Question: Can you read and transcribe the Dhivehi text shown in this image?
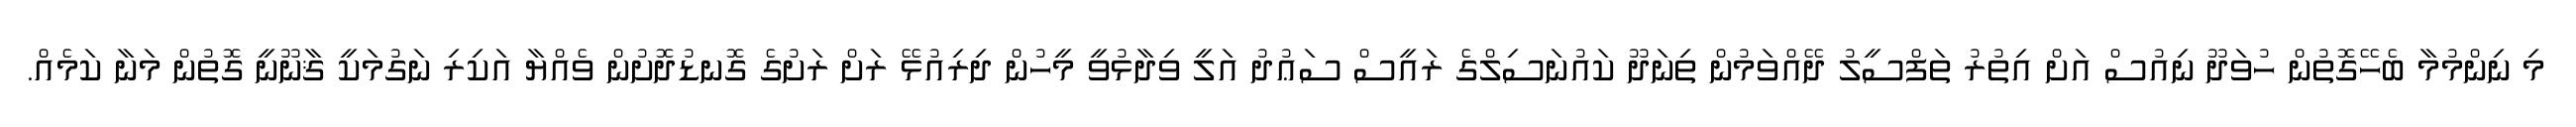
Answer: މި ނިންމުމާ ބެހޭގޮތުން ހުވަދޫ ނިއުސް އަށް އިތުރު ތަފްސީލު ދޭއްވަމުން ތިނަދޫ ކައުނަސިލްގެ ރައީސް ސަޢުދު އަލީ ވިދާޅުވީ މީހުން ދިރިއުޅޭ ރަށް ރަށުގެ ގޮނޑުދޮށުން ވެއްޔާ އަކިރި ނަގުމަކީ ޤާނޫނީ ގޮތުން މަނާ ކަމެއް.